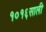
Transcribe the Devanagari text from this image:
१०१६साली